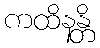
ကထိနန္တိ